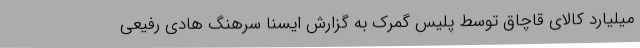
میلیارد کالای قاچاق توسط پلیس گمرک به گزارش ایسنا سرهنگ هادی رفیعی